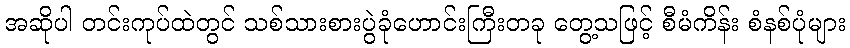
အဆိုပါ တင်းကုပ်ထဲတွင် သစ်သားစားပွဲခုံဟောင်းကြီးတခု တွေ့သဖြင့် စီမံကိန်း စံနစ်ပုံများ